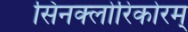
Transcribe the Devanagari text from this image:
सिनक्लोरिकोरम्